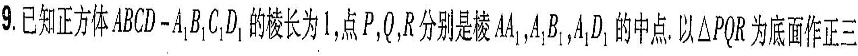
9.已知正方体ABCD-A_{1}B_{1}C_{1}D_{1}的棱长为1,点P,Q,R分别是棱AA_{1},A_{1}B_{1},A_{1}D_{1}的中点.以\triangle PQR为底面作正三